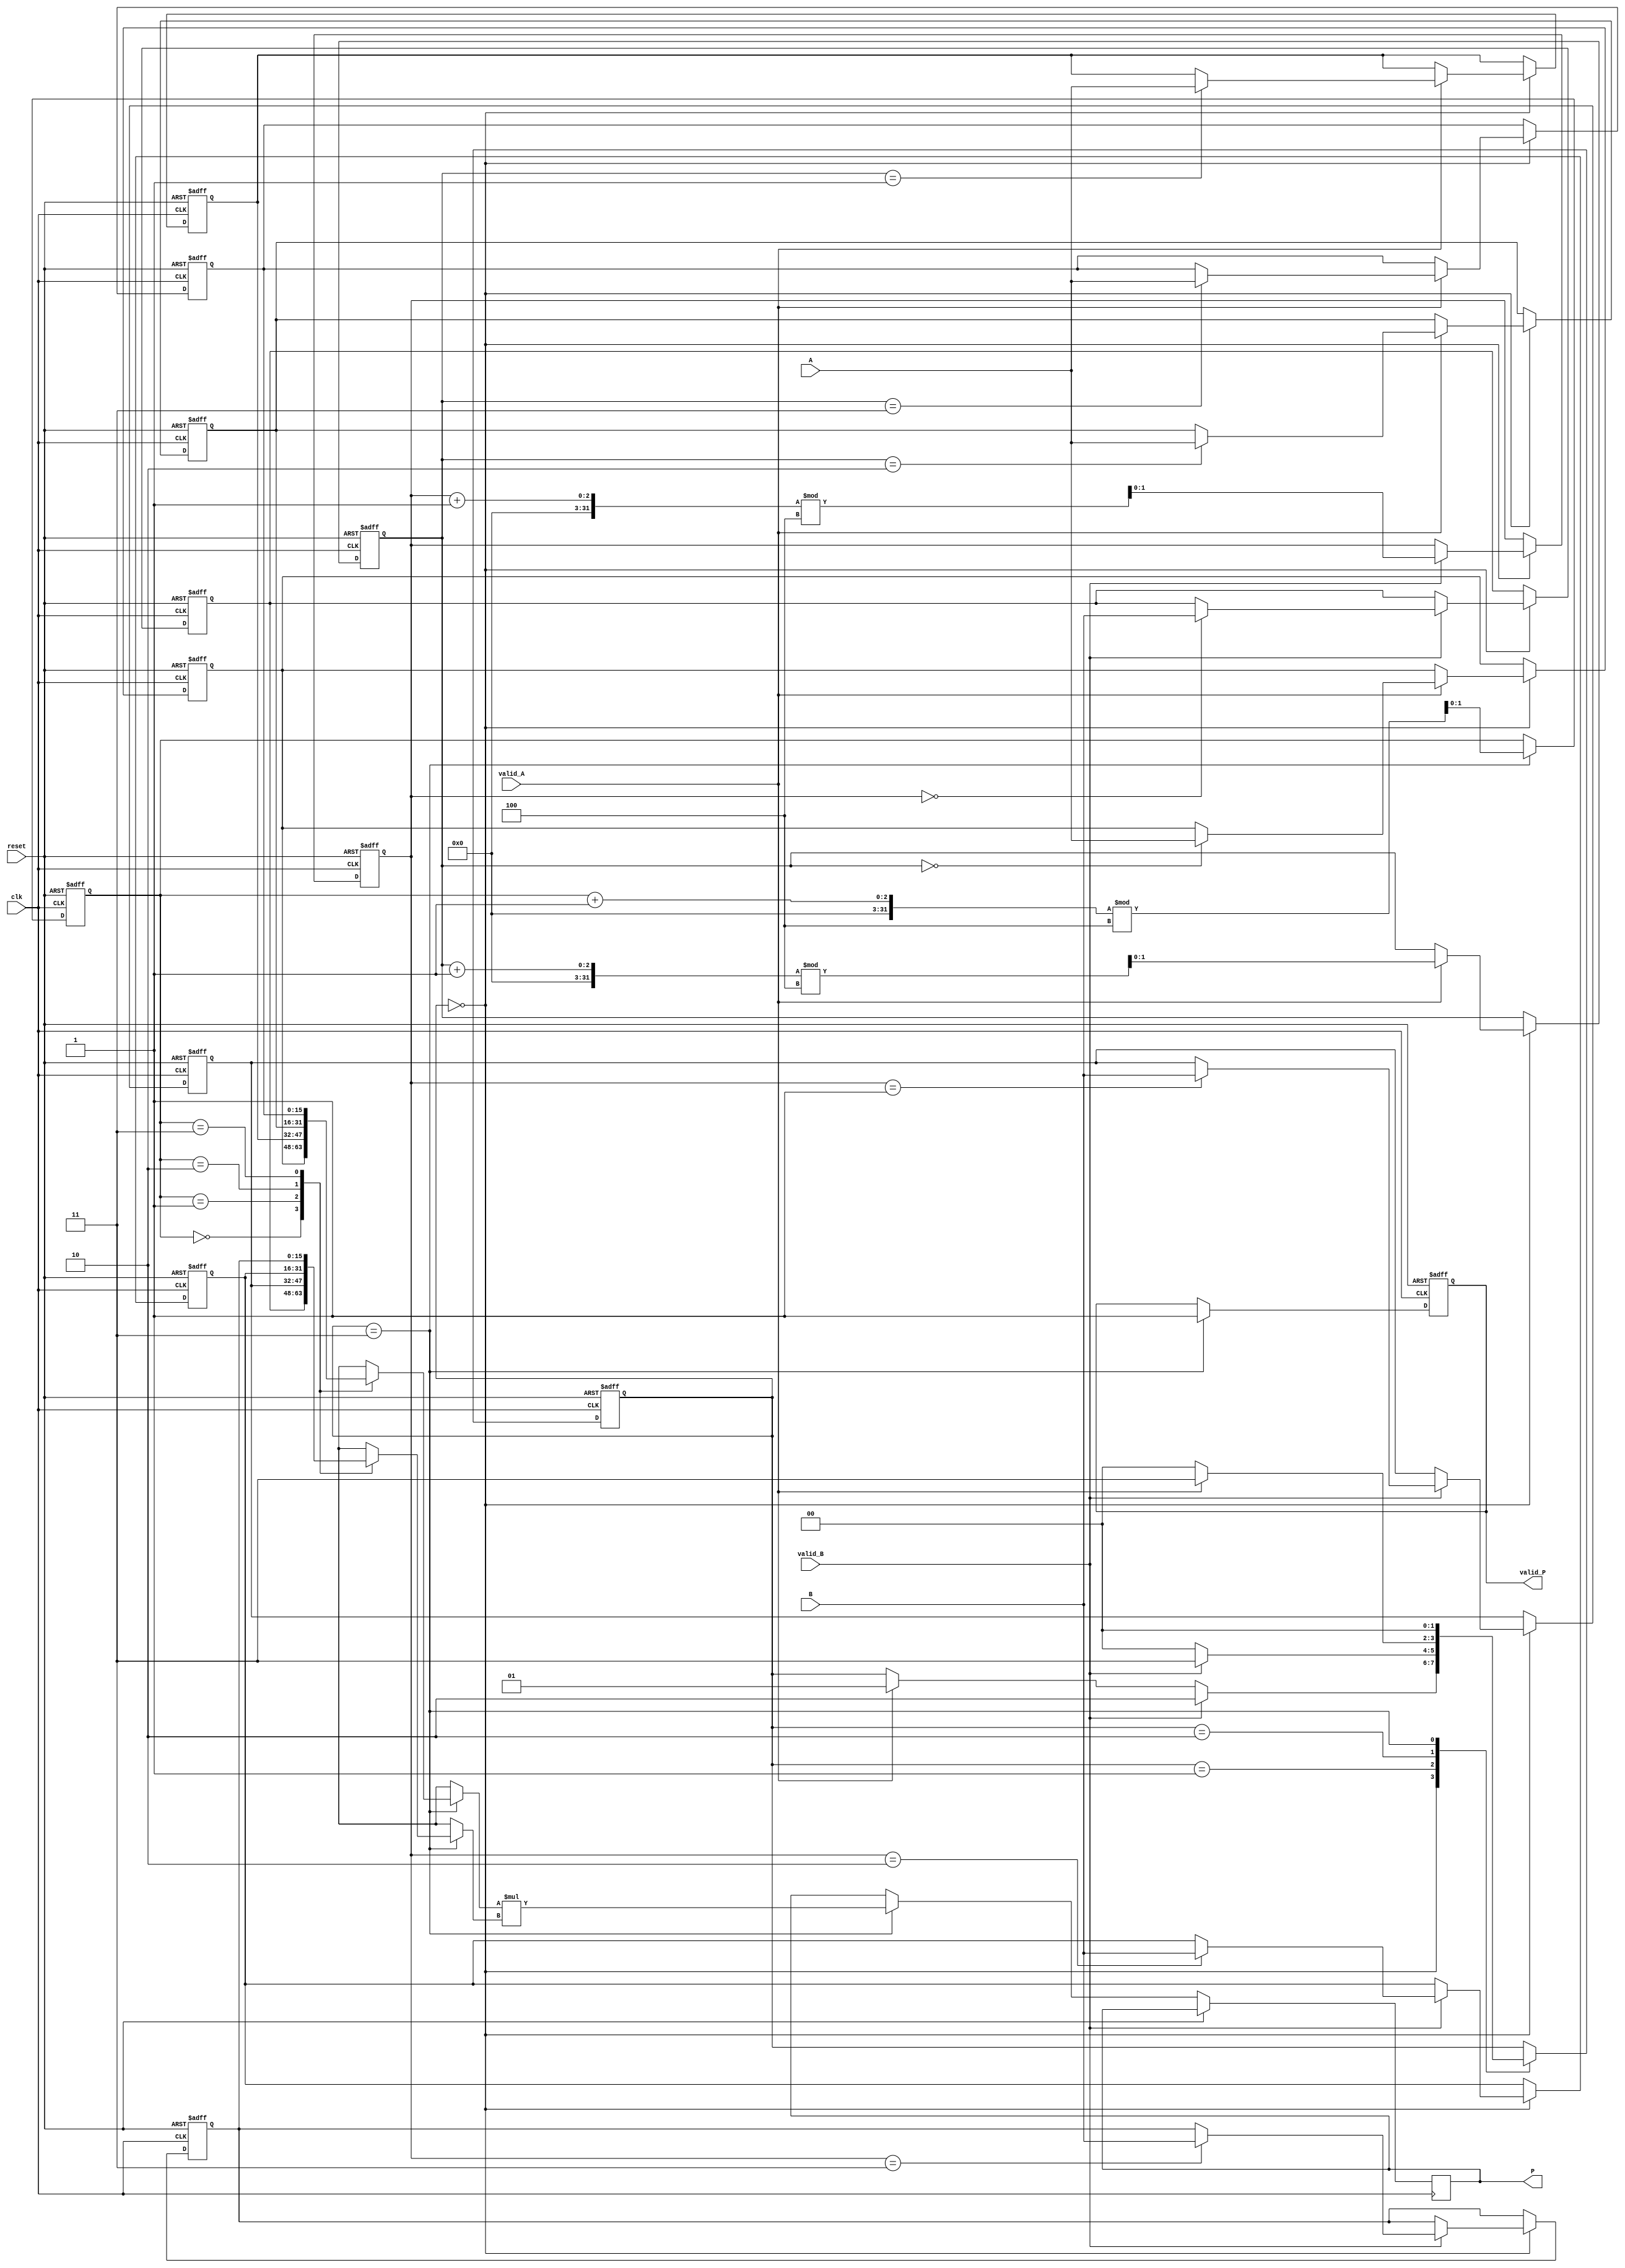
module streaming_multiplier #(
    parameter WIDTH = 16,            // Bit-width of input/output data
    parameter BUFFER_SIZE = 4        // Size of input buffers
)(
    input wire clk,                  // Clock signal
    input wire reset,                // Reset signal
    input wire [WIDTH-1:0] A,        // Input stream A
    input wire [WIDTH-1:0] B,        // Input stream B
    input wire valid_A,              // Valid signal for input A
    input wire valid_B,              // Valid signal for input B
    output reg [2*WIDTH-1:0] P,      // Output product stream
    output reg valid_P               // Valid signal for output P
);

    // Internal buffers
    reg [WIDTH-1:0] buffer_A [0:BUFFER_SIZE-1];
    reg [WIDTH-1:0] buffer_B [0:BUFFER_SIZE-1];
    reg [1:0] write_pointer_A, write_pointer_B, read_pointer;

    // State Machine for control logic
    reg [1:0] state;
    localparam IDLE       = 2'b00,
               LOAD_A     = 2'b01,
               LOAD_B     = 2'b10,
               COMPUTE    = 2'b11;

    // Initialization
    integer i;
    always @(posedge clk or posedge reset) begin
        if (reset) begin
            for (i = 0; i < BUFFER_SIZE; i = i + 1) begin
                buffer_A[i] <= 0;
                buffer_B[i] <= 0;
            end
            write_pointer_A <= 0;
            write_pointer_B <= 0;
            read_pointer <= 0;
            valid_P <= 0;
            state <= IDLE;
        end else begin
            case (state)
                IDLE: begin
                    if (valid_A) begin
                        buffer_A[write_pointer_A] <= A;
                        write_pointer_A <= (write_pointer_A + 1) % BUFFER_SIZE;
                        state <= LOAD_A;
                    end
                    if (valid_B) begin
                        buffer_B[write_pointer_B] <= B;
                        write_pointer_B <= (write_pointer_B + 1) % BUFFER_SIZE;
                        state <= LOAD_B;
                    end
                end

                LOAD_A: begin
                    if (valid_B) begin
                        state <= COMPUTE;
                    end else begin
                        state <= IDLE;
                    end
                end

                LOAD_B: begin
                    if (valid_A) begin
                        state <= COMPUTE;
                    end else begin
                        state <= IDLE;
                    end
                end

                COMPUTE: begin
                    P <= buffer_A[read_pointer] * buffer_B[read_pointer];
                    valid_P <= 1;
                    read_pointer <= (read_pointer + 1) % BUFFER_SIZE;
                    state <= IDLE;
                end

                default: state <= IDLE;
            endcase
        end
    end
endmodule